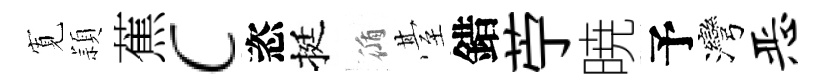
𡩖頴蕉c恣挺循䑓錯苧暁予灣恶